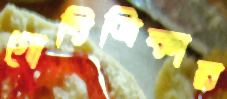
গোবিত্রিকার